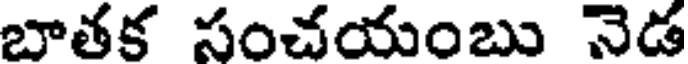
బాతక సంచయంబు నెడ